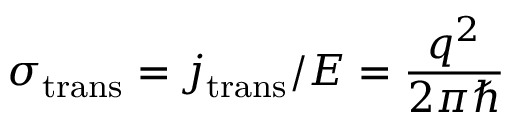
\sigma _ { \mathrm { { t r a n s } } } = j _ { \mathrm { { t r a n s } } } / E = \frac { q ^ { 2 } } { 2 \pi \hbar }